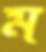
ম